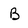
Character: B